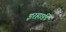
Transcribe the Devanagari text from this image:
इरहार्ड